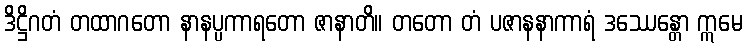
ဒိဋ္ဌိဂတံ တထာဂတော နာနပ္ပကာရတော ဇာနာတိ။ တတော တံ ပဇာနနာကာရံ ဒဿေန္တော ဣမေ